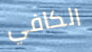
الكافي